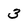
Character: 3